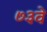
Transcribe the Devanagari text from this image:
७३वे